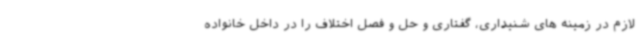
لازم در زمینه های شنیداری، گفتاری و حل و فصل اختلاف را در داخل خانواده